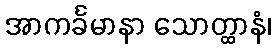
အာကင်္ခမာနာ သောတ္ထာနံ၊